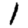
Digit: 1